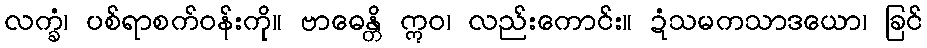
လက္ခံ၊ ပစ်ရာစက်ဝန်းကို။ ဗာဓေန္တိ ဣဝ၊ လည်းကောင်း။ ဍံသမကသာဒယော၊ ခြင်